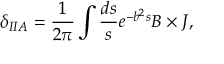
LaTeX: \delta _ { I I A } = \frac { 1 } { 2 \pi } \int \frac { d s } { s } e ^ { - b ^ { 2 } s } B \times J ,